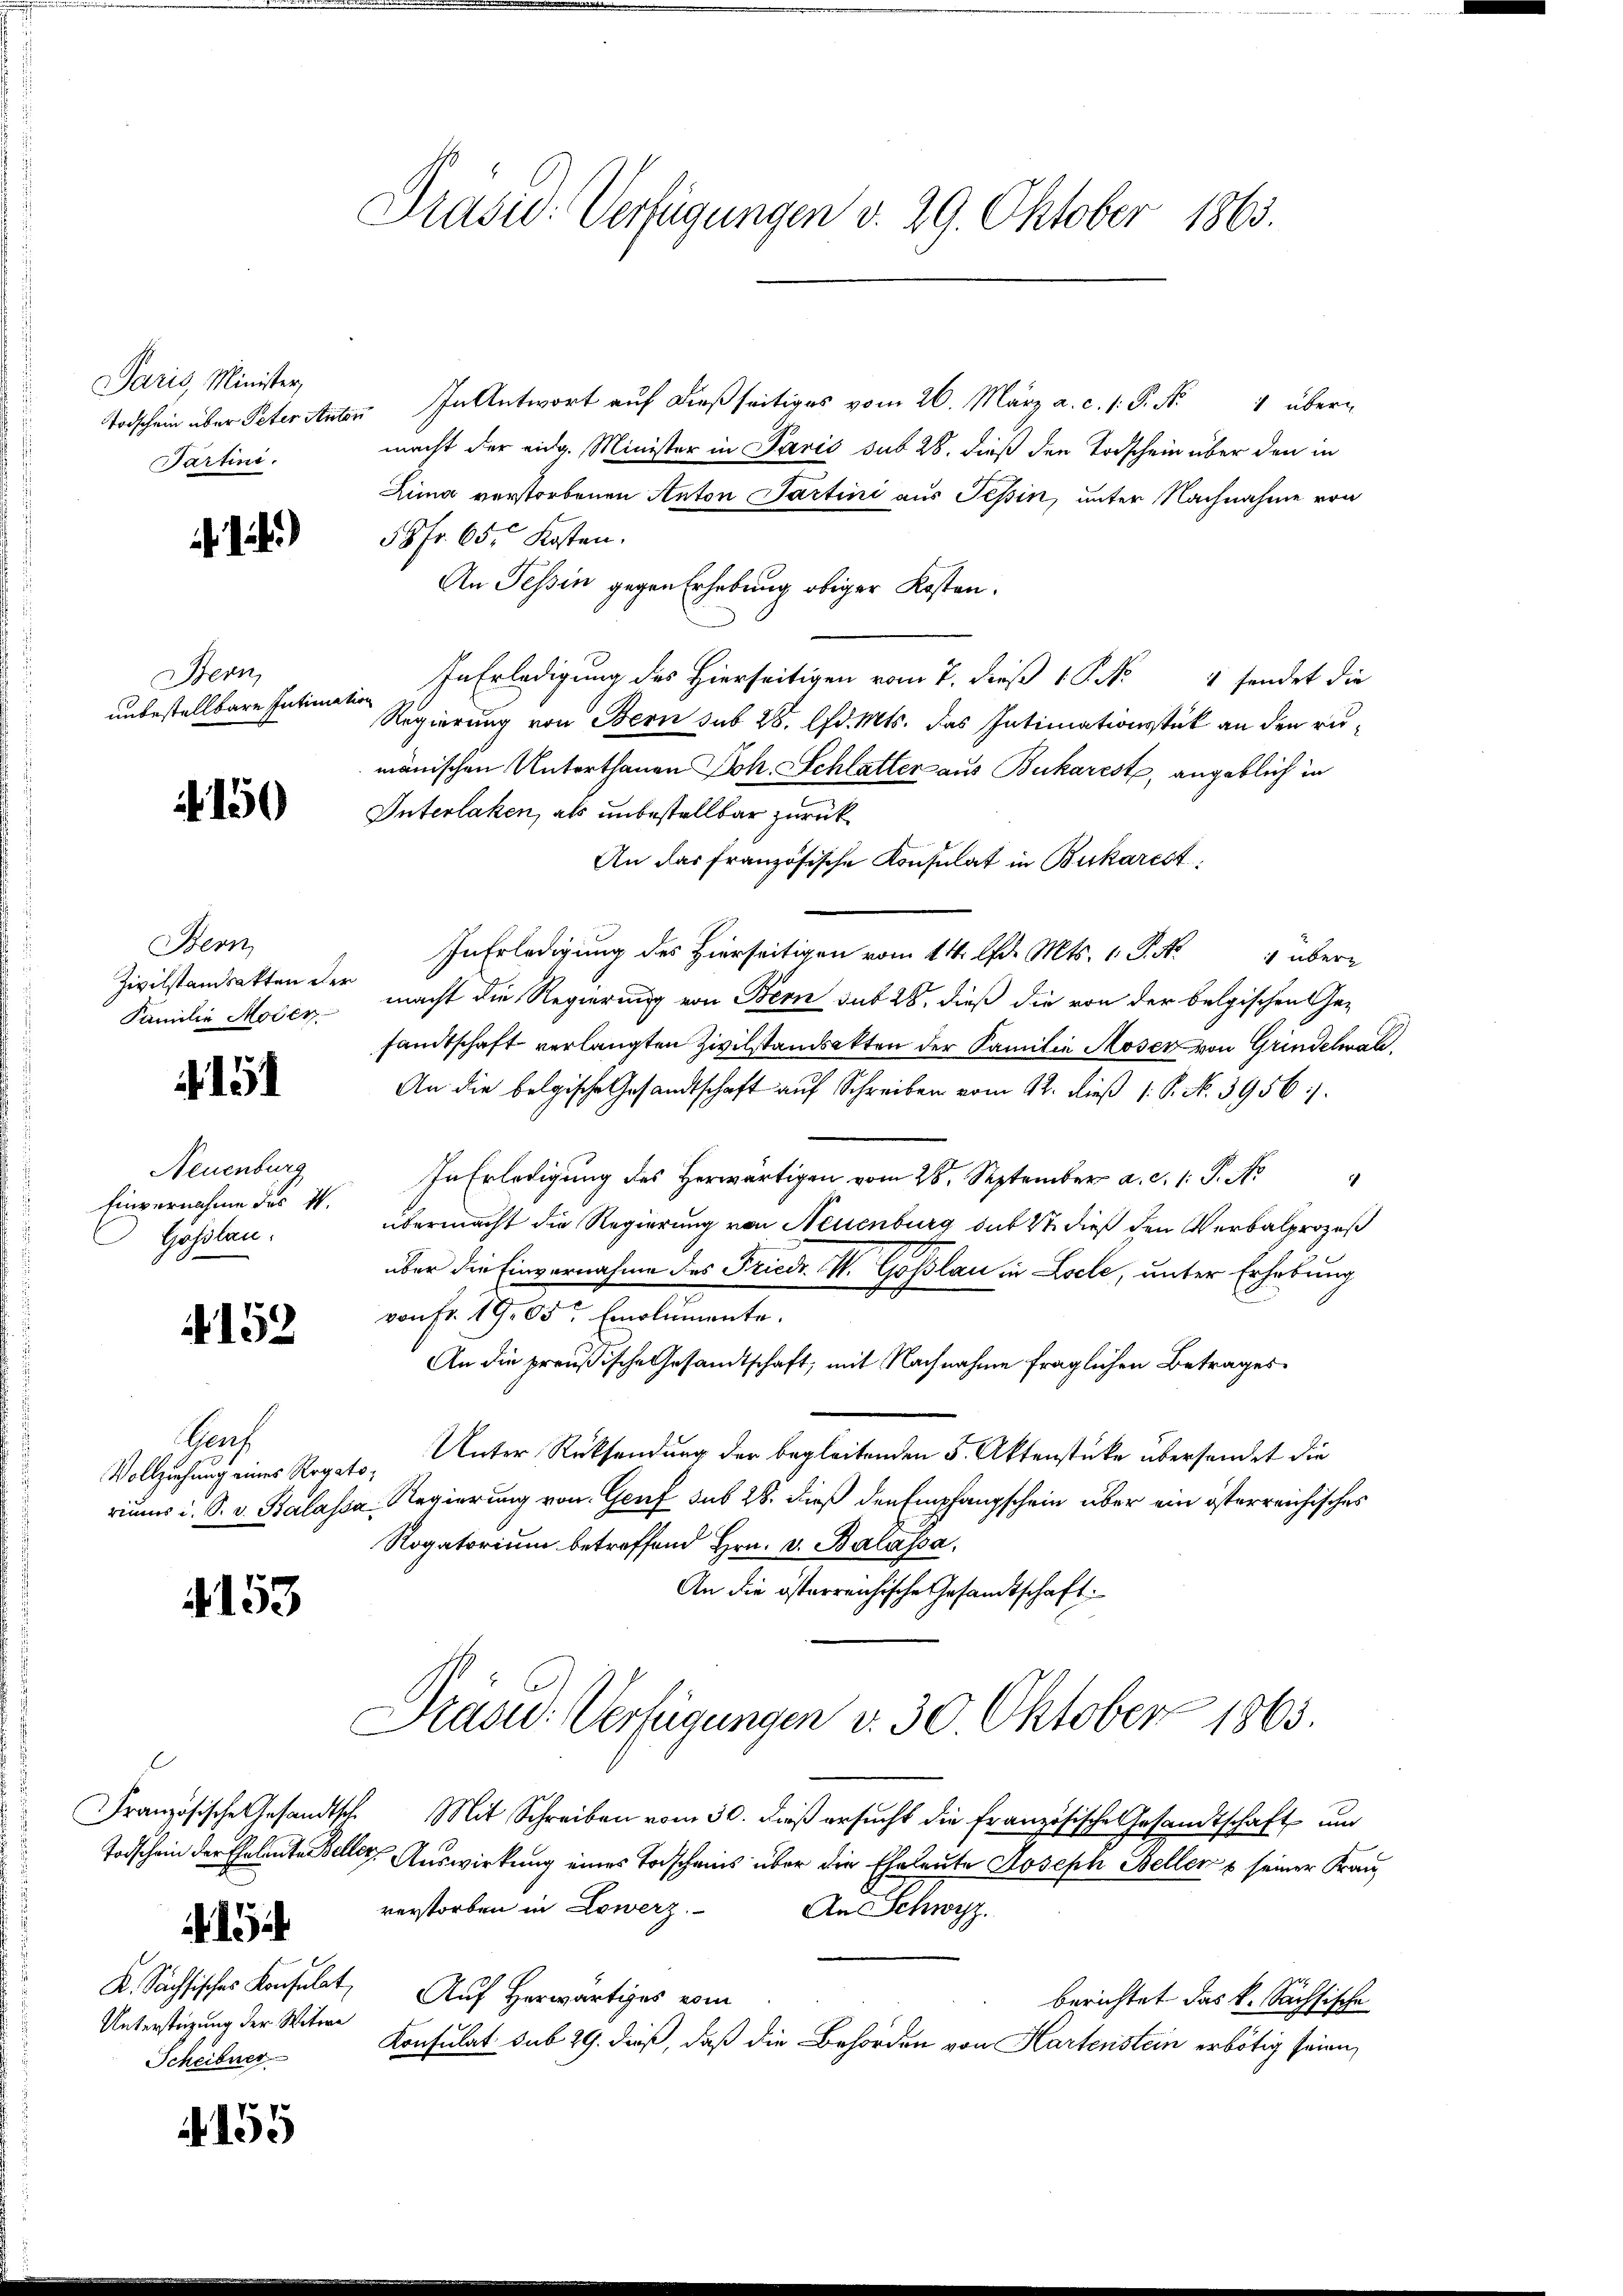
Paris, Minister,
Todschein über Peter Antor
Partini.

)

Bern,
unbestellbare Intim

150

Bern
Zivilstandsakten der
Familie Moder

151

Neuenburg
Einvernahme des I.
Goßlau.

152

Frach

4153

Todschein der Eheleute Bell¬
Untersteigung der Witwe
Scheibner

155

Präsid. Verfügungen v. 29. Oktober 1863.

" In Antwort auf dießseitiges vom 26. März a. c. 1. P. Nr. 4 übermacht der eidg. Minister in Paris sub 28. dieß den Todschein über den in
Lina verstorbenen Anton Partini aus Tessin, unter Nachnahme von
58fr. 65. Kosten.
An Tessin gegen Erhebung obiger Kosten.
In Erledigung des Hierseitigen vom 7. dieß 18. No
 findet die
tion
Regierung von Bern sub 28. lfd. Mts. das Intimationsstück an den rumänischen Unterthanen Joh. Schlatter aus Bukarest, angeblich in
Interlaken, als unbestellbar zurück¬
An das französische Konsulat in Bukarest,
In Erledigung des Hierseitigen vom 14. d. Mts. 1 S. No 4 übermacht die Regierung von Bern sub 28, dieß die von der belgischen Gesandtschaft verlangten Zivilstandsakten der Familie Moser von Grindelwald.
An die belgische Gesandtschaft auf Schreiben vom 12. dieß 1 S. N. 3956).
In Erledigung des Herwärtigen vom 28. September a. c. 1 S. N.
übermacht die Regierung von Neuenburg sub 22 dieß den Verbalprozeß
über die Einvernahme des Friedr. K. Goslau in Loele, unter Erhebung
von Fr. 19,05r Emolumente.
An die preußische Gesandtschaft, mit Nachnahme fraglichen Betrages
Vollziehung eines Rogato- Unter Rücksendung der begleitenden 5. Aktenstücke übersendet die
riums i. S. v. Balassa Regierung von Genf sub 28. dieß den Empfangschein über ein österreichisches
Rogatorium betreffend Hrn. v. Balássa,
An die österreichische Gesandtschaft
Drasu: Verfügungen v. 30. Oktober 1865.
Französische Gesandtsch Mit Schreiben vom 30. dieβ ersŭcht die französische Gesandtschaft und
a. Auswirkung eines Todscheins über die Eheleute Joseph Beller & seiner Frau
verstorben in Lowerz
Aus Schwyz.
K. Sachsisches Konsulat, Auf Herwärtiges vom
berichtet das k. Sächsische
3
Konsulat sub 29. dieß, daß die Behörden von Hartenstein erbötig seien,